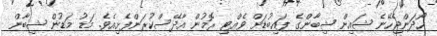
ހޯދަންޖެހޭނެ ޝައިން ޝިބާންގެ ފައިބުޑަށް ވެއްޓި ރޮމުން އާދޭސްކުރަންފެށިއެވެ. މަޑު މަޑުން ޝިބާން